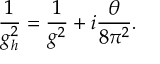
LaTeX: \frac { 1 } { g _ { h } ^ { 2 } } = \frac { 1 } { g ^ { 2 } } + i \frac { \theta } { 8 \pi ^ { 2 } } .